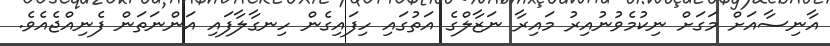
އާނިސާއަށް މަގަށް ނިކުމެވުނުއިރު މައިރާ ނަޒާލްގެ އަތުގައި ހިފައިގެން ހިނގާލާފައި އަންނަތަން ފެނިއްޖެއެވެ.